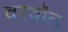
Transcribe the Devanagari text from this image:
वरवॉल